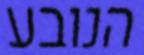
הנובע